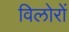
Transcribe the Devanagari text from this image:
विलोरों